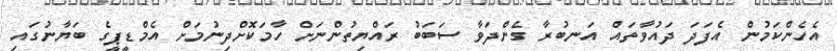
އެހެންކަމުން އެފަދަ ދައުވާތައް އަނބުރާ ގެންދަވާ ސަަބަބު ރައްޔިތުންނަށް ހާމަކޮށްދިނުމަށް އެމްޑީޕީގެ ބަޔާނުގައި